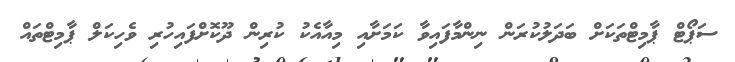
ސަޕޯޓް ޕާމިޓްތަކަށް ބަދަލުކުރަން ނިންމާފައިވާ ކަމަށާއި މިއާއެކު ކުރިން ދޫކޮށްފައިހުރި ވެހިކަލް ޕާމިޓްތައް